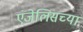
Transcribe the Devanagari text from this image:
एंजेलिसच्या